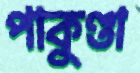
পাকুণ্ডা